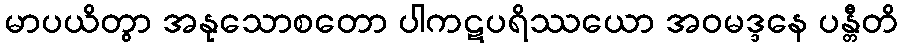
မာပယိတွာ အနုသောစတော ပါကဋပရိဿယော အဝမဒ္ဒနေ ပန္တီတိ